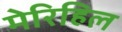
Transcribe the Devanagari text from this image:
मेरिहिल